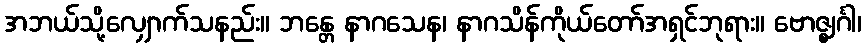
အဘယ်သို့လျှောက်သနည်း။ ဘန္တေ နာဂသေန၊ နာဂသိန်ကိုယ်တော်အရှင်ဘုရား။ ဗောဇ္ဈင်္ဂါ၊